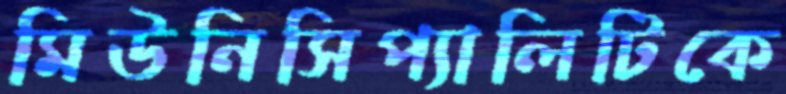
মিউনিসিপ্যালিটিকে